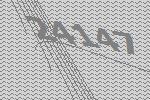
24147